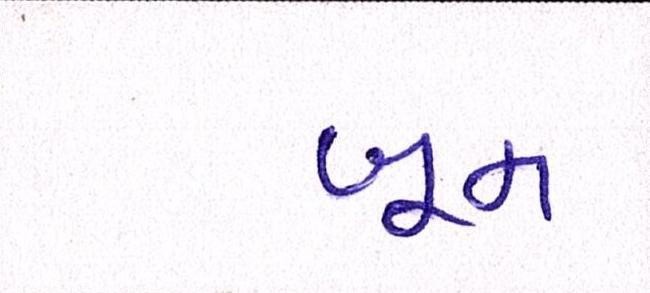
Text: બૂમ